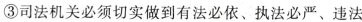
③司法机关必须切实做到有法必依、执法必严、违法